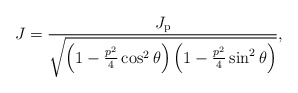
\begin{align*}J=\frac{J_\mathrm{p}}{\sqrt{\left(1-\frac{p^2}{4}\cos^2\theta\right)\left(1-\frac{p^2}{4}\sin^2\theta\right)}},\end{align*}